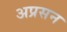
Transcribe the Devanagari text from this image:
अप्रसन